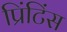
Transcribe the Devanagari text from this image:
प्रिंटिंस